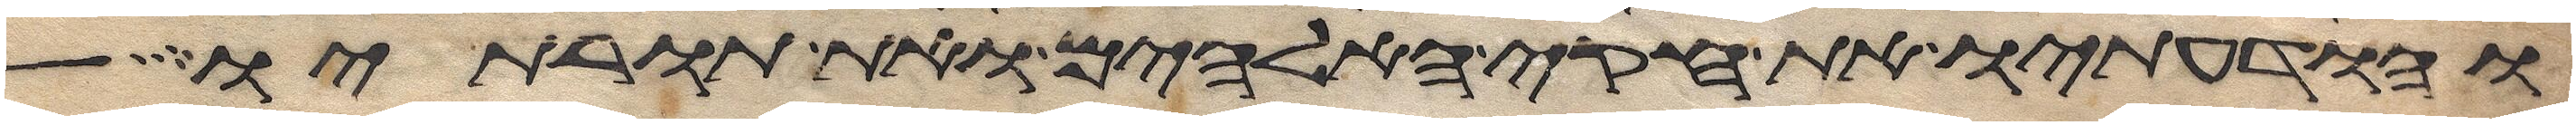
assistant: והודעתיו את חקי האלהים ואת תורותיו